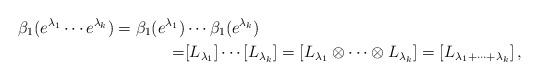
LaTeX: \begin{align*}\beta_1(e^{\lambda_1}\cdots e^{\lambda_k})=\beta_1(e^{\lambda_1})& \cdots \beta_1(e^{\lambda_k})\\=&[L_{\lambda_1}]\cdots [L_{\lambda_k}]= [L_{\lambda_1}\otimes \cdots \otimes L_{\lambda_k}]=[L_{{\lambda_1}+\cdots +{\lambda_k}}]\,,\end{align*}